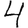
Digit: 4